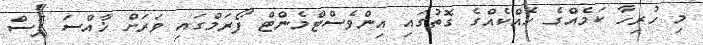
މި ހުރިހާ ކަމެއްގެ ހެއްކެއްގެ ގޮތުގައި އިންވެސްޓްމެންޓް ފޯރަމްގައި ވަރަށް ޚާއްސަ ފަސް